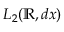
L _ { 2 } ( \mathbb { R } , d x )